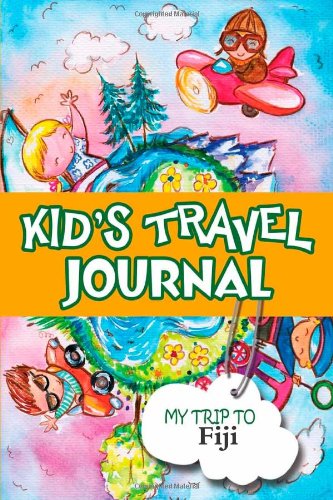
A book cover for Kids travel journal: my trip to fiji; Bluebird Books; Travel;